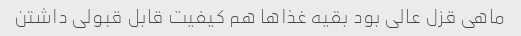
ماهی قزل عالی بود بقیه غذاها هم کیفیت قابل قبولی داشتن